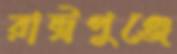
রাষ্ট্রপুঞ্জে